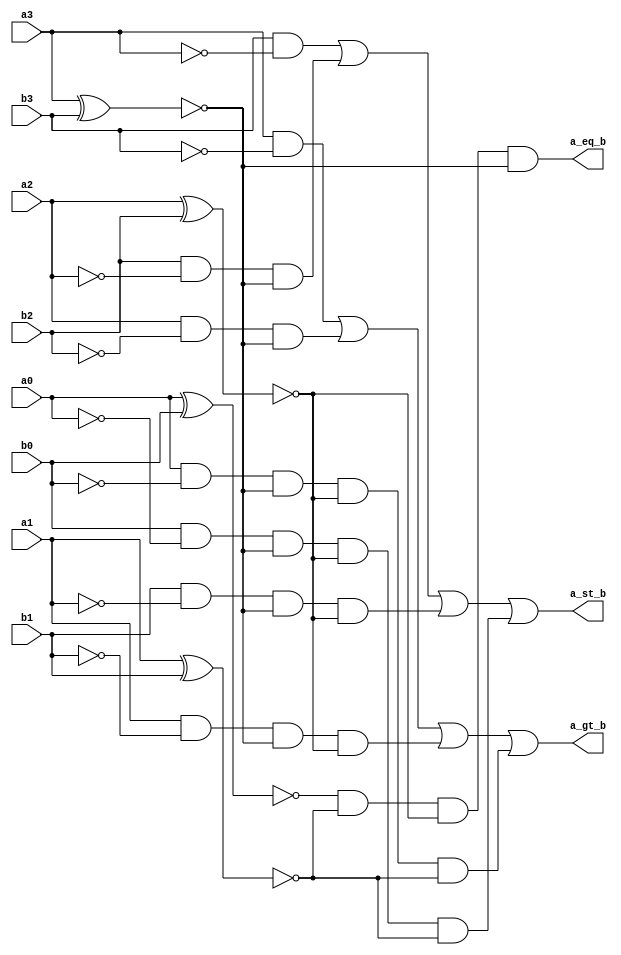
module comparator(a0, b0, a1, b1, a2, b2, a3, b3, a_gt_b, a_eq_b, a_st_b);

    input a0, b0, a1, b1, a2, b2, a3, b3;
    output a_gt_b, a_eq_b, a_st_b;

    wire a0_not, a1_not, a2_not, a3_not, b0_not, b1_not, b2_not, b3_not; 
    not(a0_not, a0);
    not(a1_not, a1);
    not(a2_not, a2);
    not(a3_not, a3);
    not(b0_not, b0);
    not(b1_not, b1);
    not(b2_not, b2);
    not(b3_not, b3);

    wire node0, node1, node2, node3;
    xnor(node0, a0, b0);
    xnor(node1, a1, b1);
    xnor(node2, a2, b2);
    xnor(node3, a3, b3);
    and(a_eq_b, node0, node1, node2, node3);

    wire node4, node5, node6, node7;
    and(node4, a3, b3_not);
    and(node5, a2, b2_not, node3);
    and(node6, a1, b1_not, node3, node2);
    and(node7, a0, b0_not, node3, node2, node1);
    or(a_gt_b, node4, node5, node6, node7);

    wire node8, node9, node10, node11;
    and(node8, b3, a3_not);
    and(node9, b2, a2_not, node3);
    and(node10, b1, a1_not, node3, node2);
    and(node11, b0, a0_not, node3, node2, node1);
    or(a_st_b, node8, node9, node10, node11);

endmodule